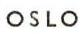
OSLO